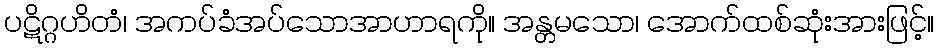
ပဋိဂ္ဂဟိတံ၊ အကပ်ခံအပ်သောအာဟာရကို။ အန္တမသော၊ အောက်ထစ်ဆုံးအားဖြင့်။